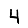
Digit: 4